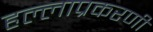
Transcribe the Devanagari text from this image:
हल्लाप्रकरणी